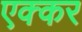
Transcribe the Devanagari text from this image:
एक्कर